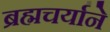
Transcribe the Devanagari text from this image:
ब्रह्मचर्याने